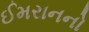
ઈમરાનનો